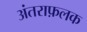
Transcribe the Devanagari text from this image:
अंतराफ़लक